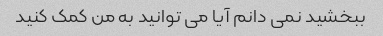
ببخشید نمی دانم آیا می توانید به من کمک کنید